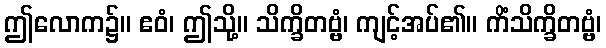
ဤလောက၌။ ဧဝံ၊ ဤသို့။ သိက္ခိတဗ္ဗံ၊ ကျင့်အပ်၏။ ကိံသိက္ခိတဗ္ဗံ၊